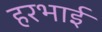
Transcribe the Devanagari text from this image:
हरभाई